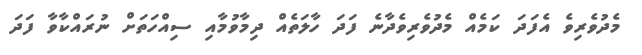
މެދުވެރިވެ އެފަދަ ކަމެއް މެދުވެރިވެދާނެ ފަދަ ހާލަތެއް ދިމާވުމާއި ސިއްހަތަށް ނުރައްކާވާ ފަދަ